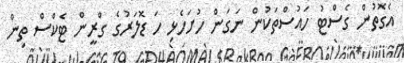
އެގޮތުން ގެސްޓު ހައުސްތަކުން ނަގަން ހުށަހެޅި ހަ ޑޮލަރުގެ ގްރީން ޓެކްސް ތިން